Lunatic asylums Punjab 1895-1910 - 1895-1910
Year: 1895
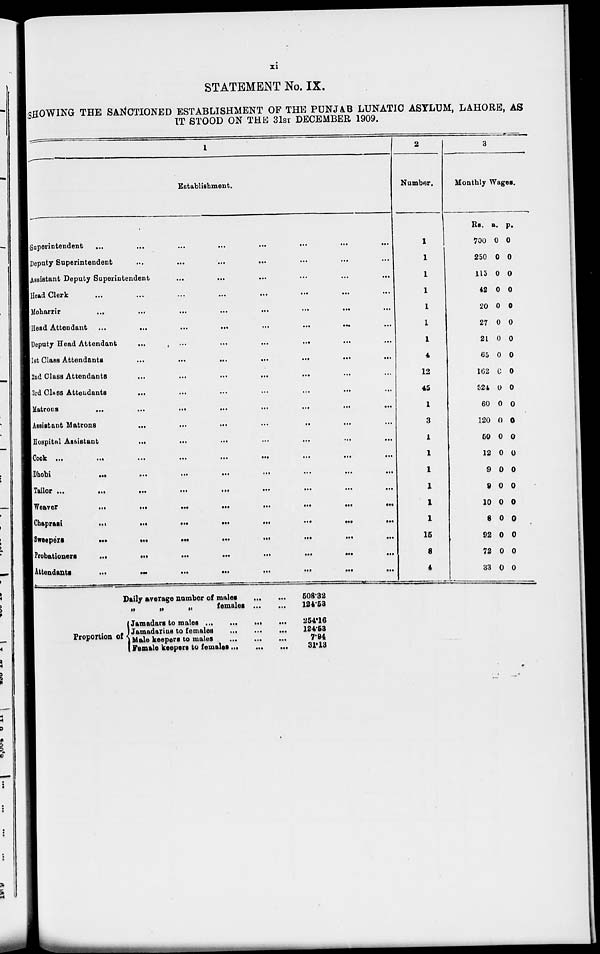
xi
STATEMENT No. IX.
SHOWING THE SANCTIONED ESTABLISHMENT OF THE PUNJAB LUNATIC ASYLUM, LAHORE, AS
IT STOOD ON THE 31ST DECEMBER 1909.
1
Establishment.
Superintendent... ... ... ... ... ... ... ...
Deputy Superintendent... ... ... ... ... ... ... ...
Assistant Deputy Superintendent
...
...
...
...
...
Head Clerk... ... ... ... ... ... ... ...
Moharrir
...
...
...
...
...
...
...
...
Head Attendant
...
...
...
...
...
...
...
...
...
Deputy Head Attendant
...
...
...
...
...
...
...
...
1st Class Attendants ... ... ... ... ... ... ... ...
2nd Class Attendants... ... ... ... ... ... ... ...
3rd C1ass Attendants... ... ... ... ... ... ... ...
Matrons
...
...
...
...
...
...
...
...
...
Assistant Matrons... ... ... ... ... ... ... ...
Hospital Assistant ... ... ... ... ... ... ... ...
Cook
...
...
...
...
...
...
...
...
Dhobi
...
...
...
...
...
...
...
...
...
Tailor...
...
...
...
...
...
...
...
Weaver
...
...
...
...
...
...
...
...
Chaprasi
...
...
...
...
...
...
...
...
Sweepers
...
...
...
...
...
...
...
...
Probationers...
...
...
...
...
...
...
...
Attendants
...
...
...
...
...
...
...
...
2
Number.
1
1
1
1
1
1
1
4
12
45
1
3
1
1
1
1
1
1
15
8
4
3
Monthly Wages.
Rs.
700
250
115
42
20
27
21
65
162
524
60
120
50
12
9
9
10
8
92
72
33
a.
0
0
0
0
0
0
0
0
0
0
0
0
0
0
0
0
0
0
0
0
0
p.
0
0
0
0
0
0
0
0
0
0
0
0
0
0
0
0
0
0
0
0
0
Daily average number of males
...
...
„
„
„
females
...
...
Proportion of
Jamadars to
males...
...
...
Jamadarins to females ... ... ...
Male keepers to males
...
...
...
Female keepers to
females...
...
...
508.32
124.53
254.16
124.53
7.94
31.13